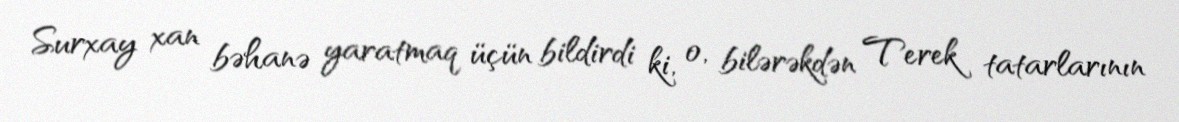
Surxay xan bəhanə yaratmaq üçün bildirdi ki, o, bilərəkdən Terek tatarlarının